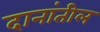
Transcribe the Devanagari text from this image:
दानांतील